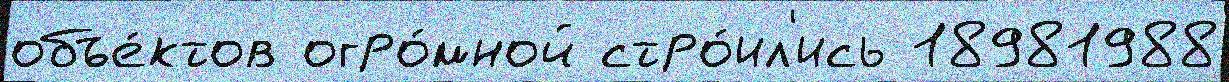
объе́ктов огро́мной стро́ил'ись 18981988